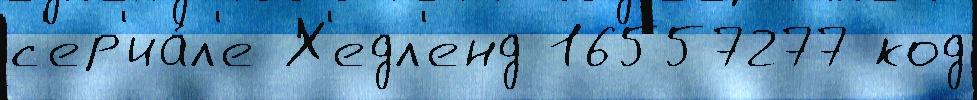
с'ер'иа́л'е Х'едл'енд 16557277 код